Report on sanitation, dispensaries, and jails in Rajputana for 1913, and on vaccination for the year 1913-1914 - 1913-1914
Year: 1913
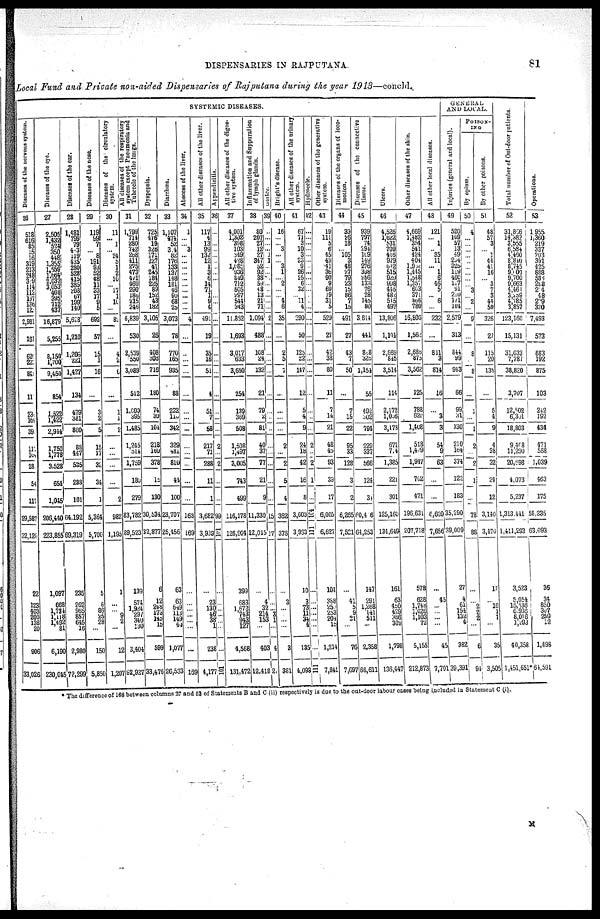
DISPENSARIES IN
RAJPUTANA
81
Local Fund and Private non-aided Dispensaries of Rajputana during the year 1913—concld.
SYSTEMIC DISEASES.
Diseases
of the nervous
system.
26
518
616
85
15
16
319
213
248
379
114
112
137
136
12
2,981
161
620
221
841
11
23
16
39
113
168
281
54
117
29,587
32,120
22
123
403 200
138
20
906
33,026
Diseases
of the eye.
27
2,505
1,432
524
350
448
1,355
1,559
1,664
2,037
3,053
408
395
712
437
16,879
5,255
3,150
1,200
9,450
854
1,522
l,422
2,944
1,750
1,778
3,528
654
1,045
206,440
223,855
1,097
668
1,731 1,118
1,482
81
6,190
230,045
Diseases
of the ear.
28
1,481 799
79
483
119
435
280
528
415
385
208
67
199
140
5,628
1,210
1,205
221
1,427
134
479
381
860
88
447
535
288
101
64,192
69,319
235
262
965 857
645
16
2,980
72,299
Diseases of the nose.
29
119
99
7
... 8
191
93
52
48
11
33
17
9
5
692
57
15
1
16
...
3
2
5
15
17
32
34
1
5,364
5,700
5
6
86 25
28
...
150
5,850
Diseases
of the circulatory
system.
30
11
... 1
... 24
5
1
2
10
... 17
1
10
...
82
...
4
2
6
...
1
1
2
...
...
...
...
2
982
1,195
1
...
... 9
2
...
12
1,207
All diseases of the respiratory
system except Pneumonia and
Tubercle of the lungs.
31
1,799
714
280
742
288
411
275
473
471
469
290
186
215
245
6,839
530
2,539
550
3,089
512
1,090
395
1,485
1,245
514
1,759
189
279
83,782
89,523
139
574
1,924
297
340
130
3,404
92,927
Dyspepsia.
32
725
476
19
326
171
227
41
245
184
225 89
152
43
182
3,105
26
408
203
716
180
74
30
104
218
160
378
13
130
30,534
32,877
6
12
248
173
145
15
599
33,476
Diarrhœa.
33
1,107
474
52
314
82
176
133
137
148
181
46
90
68
25
3,073
78
770
165
935
88
282
110
342
329
481
810
44
100
23,707
25,456
63
63
649
113
149
40
1,077
26,533
Abscess of the liver.
34
1
...
... 3
...
...
...
...
...
...
...
...
...
...
4
...
...
...
...
...
...
...
...
...
...
...
...
...
168
169
...
... ...
...
...
...
169
All other diseases of the liver.
35
117
4
13
99
137
12
1
3
6
14
71
1
9
4
491
19
35
16
51
4
51
7
58
217
71
288
11
1
3,682
3,939
...
23
130
46
38 1
238
4,177
Appendicitis.
36
...
...
...
...
...
...
...
...
...
...
...
...
...
...
...
...
...
...
...
...
...
...
...
2
...
2
...
...
99
101
...
...
...
...
...
...
...
101
All other diseases of the diges-
tive system.
37
4,001
1,302
398
103
349
428
1,085
936
849
712
505
297
544
343
11,852
1,693
3,017
633
3,650
254
139
369
508
1,508
1,497
3,005
743
499
116,178
126,904
399
683
1,673
743
943
127
4,568
131,472
Inflammation and Suppuration
of lymph glands.
38
80
207
27
12
27
347
52
92
38
59
48
13
21
71
1,094
488
108
24
132
21
79
2
81
40
37
77
21
9
11,330
12,015
...
4
32
214
153
...
403
12,418
Goitre.
39
...
...
...
... 1
1
...
...
...
...
...
...
...
...
2
...
...
...
...
...
...
...
...
...
...
...
...
...
15
17
...
...
... 3 1
...
4
21
Bright's disease.
40
16
...
... 3
...
... 3
1
... 2
...
... 4
6
35
...
2
5
7
...
...
...
...
2
...
2
5
4
362
373
...
3
... ...
...
...
2
381
All other diseases of the urinary
system.
41
67
71
3
10
3
23
9
26
25
6
32
... 11
4
290
50
125
22
147
12
5
4
9
24
18
42
16
8
3,603
3,933
10
3
73
11
34 4
135
4,093
Hydrocele.
42
...
...
...
...
...
...
...
...
...
...
...
...
...
...
...
...
...
...
...
...
...
...
...
2
...
2
1
...
104
111
...
...
... ...
...
...
...
111
Other diseases of the generative
system.
43
19
111
5
6
45
43
41
36
90
9
69
19
31
5
529
27
42
38
80
11
7
14
21
48
45
93
39
17
6,005
6,627
104
388
250
283
204
15
1,214
7,841
Diseases of the organs of loco-
motion.
44
39
26
18
... 105
3
48
27
79
23
15
86
7
15
491
27
43
7
50
...
7
15
22
95
33
128
3
2
6,265
7,521
...
41
5
9
21
...
76
7,697
Diseases of the connective
tissue
45
939
797
74
294
109
149
276
398
256
133
76
28
148
80
3,814
441
848
326
1,154
55
492
302
794
229
337
566
124
34
60,416
64,253
147
291
1,268
141
511
...
2,358
66,611
Ulcers.
46
4,526
1,622
531
709
416
979
612
515
929
998
445
482
515
497
13,806
1,101
2,669
845
3,514
114
2,172
1,006
3,173
671
714
1,385
221
301
125,160
134,649
161
63
450
429
386
309
1,798
136,447
Other
diseases of the skin.
47
4,669
1,482
354
541
424
404
1,904
1,445
1,548
1,357
603
371
806
780
16,803
l,562
2,685
875
3,562
125
788
620
1,408
518
1,429
1,947
702
471
196,634
207,718
578
628
1,748
1,026
1,103
72
5,155
212,873
All other local diseases.
48
121
... 1
... 35
11
... 1
6
46
5
... 6
...
232
...
811
3
814
16
...
3
3
54
9
63
...
...
8,609
7,656
...
45
... ...
...
...
45
7,701
GENERAL
AND LOCAL.
Injuries (general and local).
49
520
109
57
13
49
234
325
119
460
117
91
210
171
104
2,579
313
844
99
943
66
99
31
130
210
164
374
122
183
35,290
39,009
27
4
61
154
132
4
382
39,391
POISON-
ING
By opium.
50
4
...
...
...
...
...
...
...
...
... 3
... 2
...
9
...
8
...
8
...
1
...
1
2
...
2
1
...
78
88
...
...
2
2
2
...
6
94
By
other poisons.
51
48
57
3
... 1
44
41
16
... 3
7
3
44
59
326
27
115
20
135
...
5
4
9
4
28
32
24
12
3,140
3,470
17
...
16
1
1
...
35
3,505
Total number
of Out-door patients.
52
31,856
14,382
3,555
6,584
4,460
8,840
8,745
9,000
9,700
9,663
4,464
3,259
4,785
3,857
123,160
15,131
31,033
7,787
38,820
3,707
12,502
6,301
18,803
9,408
11,290
20,698
4,073
5,237
1,313,441
1,411,293
3,523
5,054
15,536
6,938
8,016
1,293
40,358
1,451,651*
Operations.
53
1,955
1,360
219
337
203
391
425
888
586
288
214
48
239
330
7,493
573
683
192
875
103
242
192
434
471
568
1,039
463
175
58,235
63,093
36
34
850
367
259
12
1,498
64,591
* The difference of 168 between columns 27 and 52 of Statements B and C (ii) respectively is due to the out-door labour cases being included in Statement C (i).